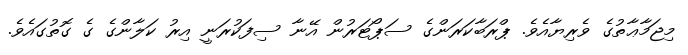
މިޖަމާޢާތުގެ ވެރިޔާއެވެ. ޕްރަބާކަރަންގެ ސަޕޯޓަރުން އޭނާ ސިފަކުރަނީ އިރު ކަލާންގެ ގެ ގޮތުގައެވެ.